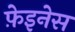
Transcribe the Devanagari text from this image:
फ़ेइनेस